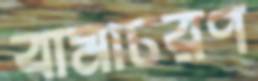
বামাচরণ